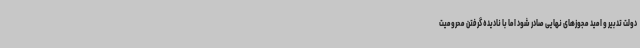
دولت تدبیر و امید مجوزهای نهایی صادر شود اما با نادیده گرفتن محرومیت